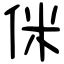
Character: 侎